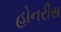
હોનરીસ